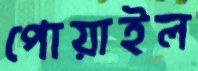
পোয়াইল